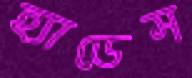
হ্যাডেস